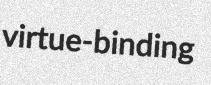
virtue-binding